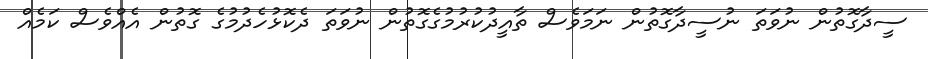
ސީދާގޮތުން ނުވަތަ ނުސީދާގޮތުން ނަމަވެސް ތާއީދުކުރުމުގެގޮތުން ނުވަތަ ދެކޮޅުހެދުމުގެ ގޮތުން އެއްވެސް ކަމެއް